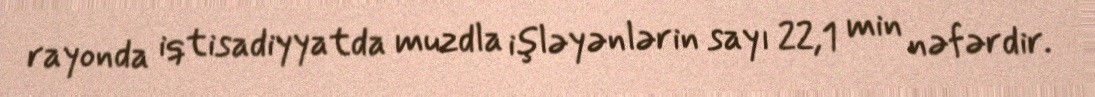
rayonda iqtisadiyyatda muzdla işləyənlərin sayı 22,1 min nəfərdir.